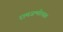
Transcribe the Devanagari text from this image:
रामजन्मोत्सव